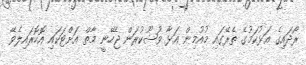
ރޯދައިގެ އަޅުކަމުގެ ތެރޭގައި މުއުމިން އަޅާ ވުޟޫކުރަން ޖެހޭނީ މާތް އަށްޓަކައި އޮހޮރައިލެވޭ